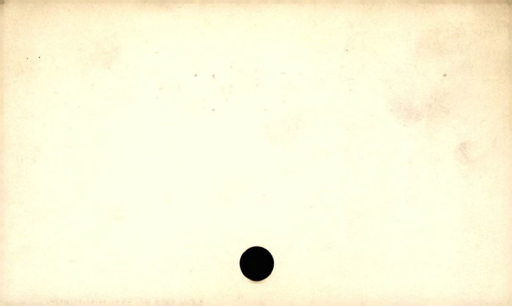
Label: blank